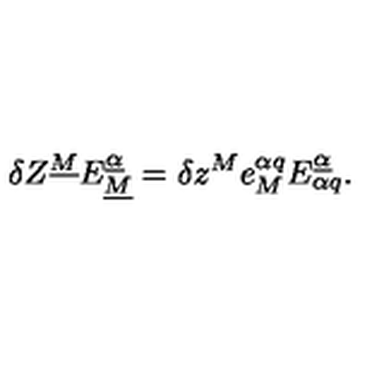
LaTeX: \delta Z ^ { \underline { M } } E _ { \underline { M } } ^ { \underline { \alpha } } = \delta z ^ { M } e _ { M } ^ { \alpha q } E _ { \alpha q } ^ { \underline { \alpha } } .